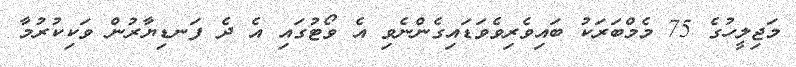
މަޖިލީހުގެ 75 މެމްބަރަކު ބައިވެރިވެވަޑައިގެންނެވި އެ ވޯޓުގައި އެ ދެ ފަނޑިޔާރުން ވަކިކުރުމާ